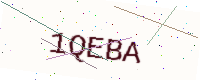
Text: 1QEBA